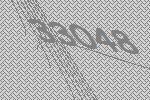
33048